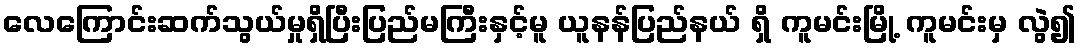
လေကြောင်းဆက်သွယ်မှုရှိပြီးပြည်မကြီးနှင့်မူ ယူနန်ပြည်နယ် ရှိ ကူမင်းမြို့ ကူမင်းမှ လွဲ၍